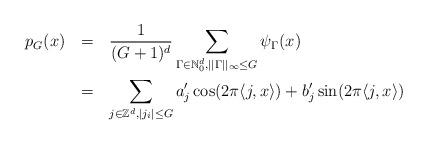
LaTeX: \begin{align*} \begin{aligned} p_G(x) \:\:\: & = \:\:\: \frac{1}{(G+1)^d}\sum_{\Gamma\in\mathbb{N}_0^d,||\Gamma||_{\infty}\leq G}\psi_{\Gamma}(x)\\ & = \:\:\: \sum_{j\in\mathbb{Z}^d,|j_i|\leq G}a'_j\cos(2\pi\langle j,x\rangle)+b'_j\sin(2\pi\langle j,x\rangle) \end{aligned}\end{align*}